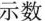
示数